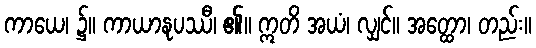
ကာယေ၊ ၌။ ကာယာနုပဿီ၊ ၏။ ဣတိ အယံ၊ လျှင်။ အတ္ထော၊ တည်း။